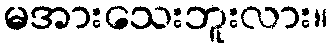
မအားသေးဘူးလား။